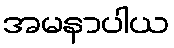
အမနာပါယ